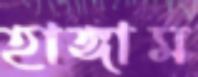
হাঙ্গাম